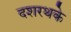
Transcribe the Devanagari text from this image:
दशरथके